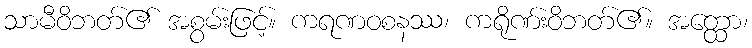
သာမီဝိဘတ်၏ အစွမ်းဖြင့်။ ကရဏဝစနဿ၊ ကရိုဏ်းဝိဘတ်၏။ အတ္ထော၊